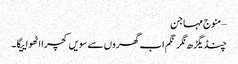
–منوج مہاجن
چنڈیگڑھ نگر نگم اب گھروں سے سویں کچرا اٹھواییگا۔